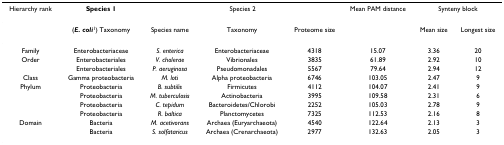
<table><thead><tr><td><b>Hierarchy rank</b></td><td><b>Species 1</b></td><td colspan="3"><b>Species 2</b></td><td><b>Mean PAM distance</b></td><td colspan="2"><b>Synteny block</b></td></tr></thead><tbody><tr><td></td><td>(<b><i>E. coli</i></b><sup>1</sup>) Taxonomy</td><td>Species name</td><td>Taxonomy</td><td>Proteome size</td><td></td><td>Mean size</td><td>Longest size</td></tr><tr><td>Family</td><td>Enterobacteriaceae</td><td><i>S. enterica</i></td><td>Enterobacteriaceae</td><td>4318</td><td>15.07</td><td>3.36</td><td>20</td></tr><tr><td>Order</td><td>Enterobacteriales</td><td><i>V. cholerae</i></td><td>Vibrionales</td><td>3835</td><td>61.89</td><td>2.92</td><td>10</td></tr><tr><td></td><td>Enterobacteriales</td><td><i>P. aeruginosa</i></td><td>Pseudomonadales</td><td>5567</td><td>79.64</td><td>2.94</td><td>12</td></tr><tr><td>Class</td><td>Gamma proteobacteria</td><td><i>M. loti</i></td><td>Alpha proteobacteria</td><td>6746</td><td>103.05</td><td>2.47</td><td>9</td></tr><tr><td>Phylum</td><td>Proteobacteria</td><td><i>B. subtilis</i></td><td>Firmicutes</td><td>4112</td><td>104.07</td><td>2.41</td><td>9</td></tr><tr><td></td><td>Proteobacteria</td><td><i>M. tuberculosis</i></td><td>Actinobacteria</td><td>3995</td><td>109.58</td><td>2.31</td><td>6</td></tr><tr><td></td><td>Proteobacteria</td><td><i>C. tepidum</i></td><td>Bacteroidetes/Chlorobi</td><td>2252</td><td>105.03</td><td>2.78</td><td>9</td></tr><tr><td></td><td>Proteobacteria</td><td><i>R. baltica</i></td><td>Planctomycetes</td><td>7325</td><td>112.53</td><td>2.16</td><td>8</td></tr><tr><td>Domain</td><td>Bacteria</td><td><i>M. acetivorans</i></td><td>Archaea (Euryarchaeota)</td><td>4540</td><td>122.64</td><td>2.13</td><td>3</td></tr><tr><td></td><td>Bacteria</td><td><i>S. solfataricus</i></td><td>Archaea (Crenarchaeota)</td><td>2977</td><td>132.63</td><td>2.05</td><td>3</td></tr></tbody></table>